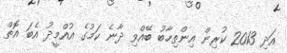
އަދި 2013 ކުރިން އިންތިހާބު ބޭއްވި ދާނެ ކަމުގެ އުއްމީދު އެބަ އޮތް